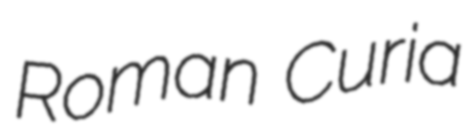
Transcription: Roman Curia